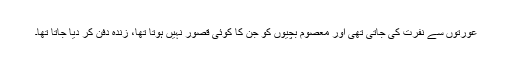
عورتوں سے نفرت کی جاتی تھی اور معصوم بچیوں کو جن کا کوئی قصور نہیں ہوتا تھا، زندہ دفن کر دیا جاتا تھا۔